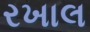
રખાલ